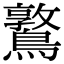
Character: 𪆃